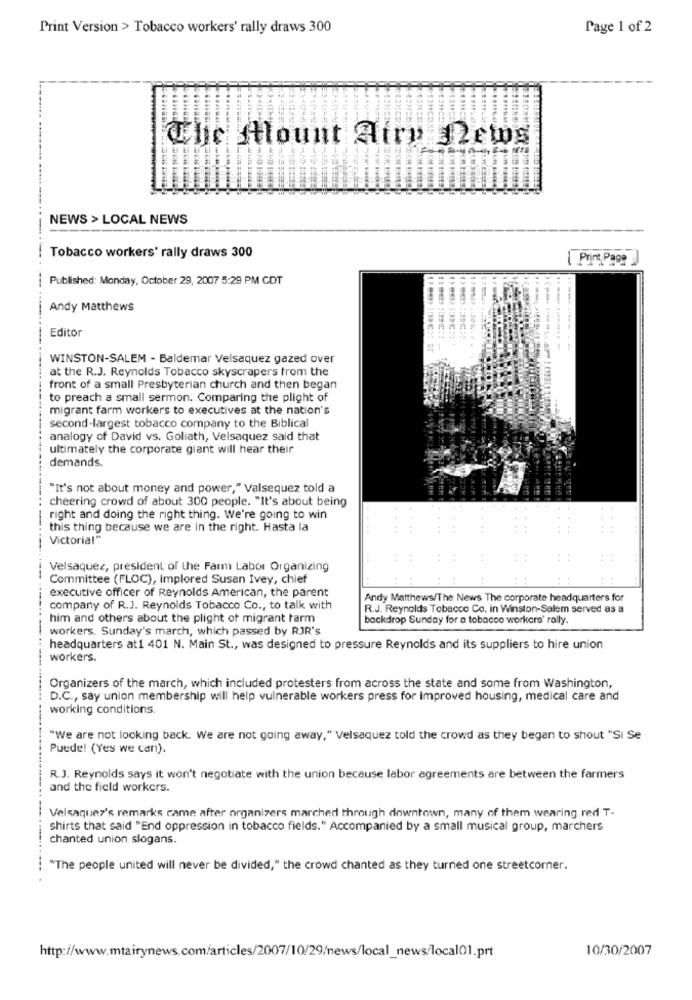
Print Version > Tobacco workers' rally draws 300
Page 1 of 2
Che tlount Atry Jews
NEWS > LOCAL NEWS
Tobacco workers' rally draws 300
| Prins Page
Published: Monday, October 29, 2007 5:29 PM CDT
Andy Matthews
Editor
WINSTON-SALEM - Baldemar Velsaquez gazed over
at the R.J. Reynolds Tobacco skyscrapers from the
front of a small Presbyterian church and then began
to preach a small sermon. Comparing the plight of
migrant farm workers to executives at the nation's
second-largest tobacco company to the Biblical
analogy of David vs. Goliath, Velsaquez said that
ultimately the corporate giant will hear their
demands.
"It's not about money and power," Valsequez told a
-----
cheering crowd of about 300 people. "It's about being
right and doing the right thing. We're going to win
this thing because we are in the right. Hasta la
...
Victorial"
Velsaquez, president of the Farm Labor Organizing
Committee (FLOC), Implored Susan Ivey, chief
executive officer of Reynolds American, the parent
Andy Matthews/The News The corporate headquarters for
company of R.J. Reynolds Tobacco Co ., to talk with
R.J. Reynolds Tobacco Co. in Winston-Salem served as a
him and others about the plight of migrant farm
backdrop Sunday for a tobacco workers' rally.
-
workers. Sunday's march, which passed by RJR's
headquarters at1 401 N. Main St ., was designed to pressure Reynolds and its suppliers to hire union
workers.
Organizers of the march, which included protesters from across the state and some from Washington,
D.C ., say union membership will help vulnerable workers press for Improved housing, medical care and
working conditions
"We are not looking back. we are not going away," Velsaquez told the crowd as they began to shout "Si Se
Puede! (Yes we can).
R.J. Reynolds says it won't negotiate with the union because labor agreements are between the farmers
and the field workers.
Velsaques's remarks came after organizers marched through downtown, many of them wearing red T-
shirts that said "End oppression in tobacco fields." Accompanied by a small musical group, marchers
chanted union slogans.
"The people united will never be divided," the crowd chanted as they turned one streetcorner.
10/30/2007
http://www.mtairynews.com/articles/2007/10/29/news/local_news/local01.prt